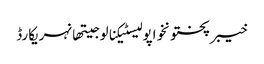
خیبرپختونخواپولیسٹیکنالوجیتھانہریکارڈ